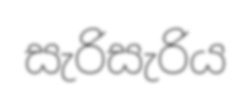
සැරිසැරිය